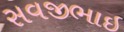
સવજીભાઇ